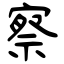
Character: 察